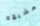
مشبوه